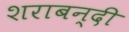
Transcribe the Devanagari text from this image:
शराबन्दी